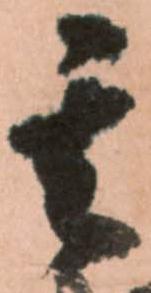
其